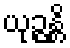
ယုဉ္ဇန္တိ